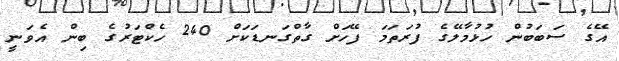
އޭގެ ސަބަބުން ހުޅުމާލޭގެ ފުރަތަމަ ފޭހަށް ގާތްގަނޑަކަށް 240 ހެކްޓަރުގެ ބިން އެވަނީ